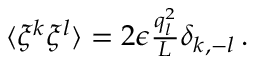
\begin{array} { r } { \langle \xi ^ { k } \xi ^ { l } \rangle = 2 \epsilon \frac { q _ { l } ^ { 2 } } { L } \delta _ { k , - l } \, . } \end{array}